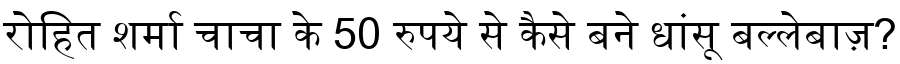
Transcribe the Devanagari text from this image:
रोहित शर्मा चाचा के 50 रुपये से कैसे बने धांसू बल्लेबाज़?